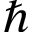
\hbar